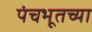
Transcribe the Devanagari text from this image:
पंचभूतच्या